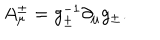
A _ { \mu } ^ { \pm } = g _ { \pm } ^ { - 1 } \partial _ { \mu } g _ { \pm } .